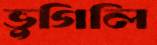
ভুগিলি